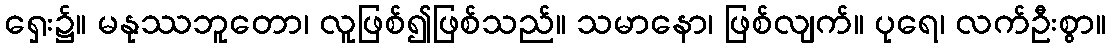
ရှေး၌။ မနုဿဘူတော၊ လူဖြစ်၍ဖြစ်သည်။ သမာနော၊ ဖြစ်လျက်။ ပုရေ၊ လက်ဦးစွာ။